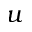
u